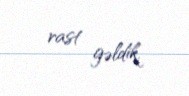
rast gəldik.